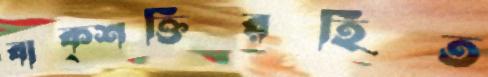
বাক্শক্তিরহিত